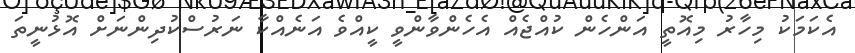
އެކަމަކު މިހާރު މިއޮތީ އަންހެން ކުއްޖެއް އެހެންވާންވީ ކީއްވެ އަނެއްކާ ނަރުސްކުދިންނަށް އޮޅުނީތަ